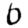
Digit: 0